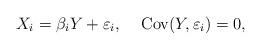
LaTeX: \begin{align*}X_i= \beta_i Y+\varepsilon_i, \;\;\;\; \textrm{Cov}(Y,\varepsilon_i)=0,\end{align*}